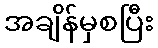
အချိန်မှစပြီး